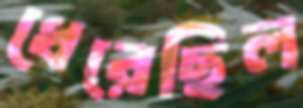
ধেরেছিল